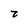
Character: 2